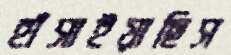
হাঁসাইয়াছিস